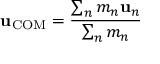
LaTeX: \mathbf { u } _ { \mathrm { C O M } } = { \frac { \sum _ { n } m _ { n } \mathbf { u } _ { n } } { \sum _ { n } m _ { n } } }